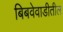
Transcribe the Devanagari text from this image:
बिबवेवाडीतील